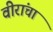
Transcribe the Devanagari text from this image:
वीरांचा